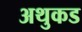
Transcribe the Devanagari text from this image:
अथुकड